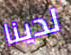
لدينا